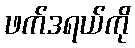
ဖက်ဒရယ်ကို